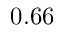
0 . 6 6